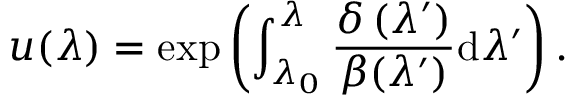
u ( \lambda ) = \exp \left( \int _ { \lambda _ { 0 } } ^ { \lambda } \frac { \delta \left( \lambda ^ { \prime } \right) } { \beta ( \lambda ^ { \prime } ) } \mathrm { d } \lambda ^ { \prime } \right) .